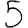
Digit: 5